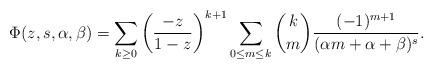
LaTeX: \begin{align*} \Phi(z, s, \alpha, \beta) & = \sum_{k \geq 0} \left(\frac{-z}{1-z}\right)^{k+1} \sum_{0 \leq m \leq k} \binom{k}{m} \frac{(-1)^{m+1}}{(\alpha m+\alpha+\beta)^{s}}. \end{align*}